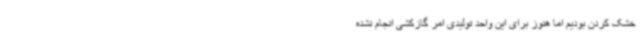
خشک کردن بودیم اما هنوز برای این واحد تولیدی امر گازکشی انجام نشده